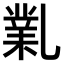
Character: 𠄅